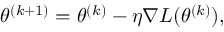
\theta ^ { ( k + 1 ) } = \theta ^ { ( k ) } - \eta \nabla L ( \theta ^ { ( k ) } ) ,